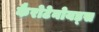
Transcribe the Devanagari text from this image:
कैरोटेनोयड्स